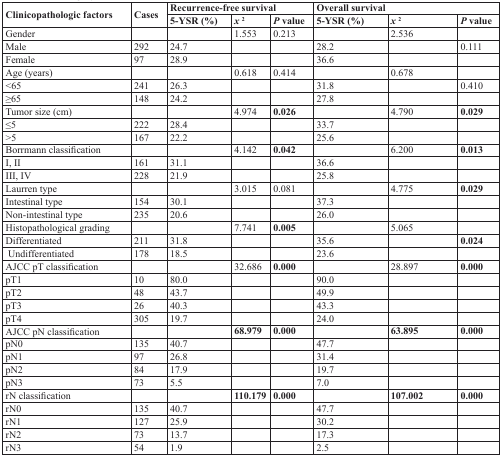
<table><thead><tr><td rowspan="2"><b>Clinicopathologic factors</b></td><td rowspan="2"><b>Cases</b></td><td colspan="3"><b>Recurrence-free survival</b></td><td colspan="3"><b>Overall survival</b></td></tr><tr><td><b>5-YSR (%)</b></td><td><b><i>x</i><sup>2</sup></b></td><td><b><i>P</i> value</b></td><td><b>5-YSR (%)</b></td><td><b><i>x</i><sup>2</sup></b></td><td><b><i>P</i> value</b></td></tr></thead><tbody><tr><td>Gender</td><td></td><td></td><td>1.553</td><td>0.213</td><td></td><td>2.536</td><td></td></tr><tr><td>Male</td><td>292</td><td>24.7</td><td></td><td></td><td>28.2</td><td></td><td>0.111</td></tr><tr><td>Female</td><td>97</td><td>28.9</td><td></td><td></td><td>36.6</td><td></td><td></td></tr><tr><td>Age (years)</td><td></td><td></td><td>0.618</td><td>0.414</td><td></td><td>0.678</td><td></td></tr><tr><td>&lt;65</td><td>241</td><td>26.3</td><td></td><td></td><td>31.8</td><td></td><td>0.410</td></tr><tr><td>≥65</td><td>148</td><td>24.2</td><td></td><td></td><td>27.8</td><td></td><td></td></tr><tr><td>Tumor size (cm)</td><td></td><td></td><td>4.974</td><td><b>0.026</b></td><td></td><td>4.790</td><td><b>0.029</b></td></tr><tr><td>≤5</td><td>222</td><td>28.4</td><td></td><td></td><td>33.7</td><td></td><td></td></tr><tr><td>&gt;5</td><td>167</td><td>22.2</td><td></td><td></td><td>25.6</td><td></td><td></td></tr><tr><td>Borrmann classification</td><td></td><td></td><td>4.142</td><td><b>0.042</b></td><td></td><td>6.200</td><td><b>0.013</b></td></tr><tr><td>I, II</td><td>161</td><td>31.1</td><td></td><td></td><td>36.6</td><td></td><td></td></tr><tr><td>III, IV</td><td>228</td><td>21.9</td><td></td><td></td><td>25.8</td><td></td><td></td></tr><tr><td>Laurren type</td><td></td><td></td><td>3.015</td><td>0.081</td><td></td><td>4.775</td><td><b>0.029</b></td></tr><tr><td>Intestinal type</td><td>154</td><td>30.1</td><td></td><td></td><td>37.3</td><td></td><td></td></tr><tr><td>Non-intestinal type</td><td>235</td><td>20.6</td><td></td><td></td><td>26.0</td><td></td><td></td></tr><tr><td>Histopathological grading</td><td></td><td></td><td>7.741</td><td><b>0.005</b></td><td></td><td>5.065</td><td></td></tr><tr><td>Differentiated</td><td>211</td><td>31.8</td><td></td><td></td><td>35.6</td><td></td><td><b>0.024</b></td></tr><tr><td>Undifferentiated</td><td>178</td><td>18.5</td><td></td><td></td><td>23.6</td><td></td><td></td></tr><tr><td>AJCC pT classification</td><td></td><td></td><td>32.686</td><td><b>0.000</b></td><td></td><td>28.897</td><td><b>0.000</b></td></tr><tr><td>pT1</td><td>10</td><td>80.0</td><td></td><td></td><td>90.0</td><td></td><td></td></tr><tr><td>pT2</td><td>48</td><td>43.7</td><td></td><td></td><td>49.9</td><td></td><td></td></tr><tr><td>pT3</td><td>26</td><td>40.3</td><td></td><td></td><td>43.3</td><td></td><td></td></tr><tr><td>pT4</td><td>305</td><td>19.7</td><td></td><td></td><td>24.0</td><td></td><td></td></tr><tr><td>AJCC pN classification</td><td></td><td></td><td><b>68.979</b></td><td><b>0.000</b></td><td></td><td><b>63.895</b></td><td><b>0.000</b></td></tr><tr><td>pN0</td><td>135</td><td>40.7</td><td></td><td></td><td>47.7</td><td></td><td></td></tr><tr><td>pN1</td><td>97</td><td>26.8</td><td></td><td></td><td>31.4</td><td></td><td></td></tr><tr><td>pN2</td><td>84</td><td>17.9</td><td></td><td></td><td>19.7</td><td></td><td></td></tr><tr><td>pN3</td><td>73</td><td>5.5</td><td></td><td></td><td>7.0</td><td></td><td></td></tr><tr><td>rN classification</td><td></td><td></td><td><b>110.179</b></td><td><b>0.000</b></td><td></td><td><b>107.002</b></td><td><b>0.000</b></td></tr><tr><td>rN0</td><td>135</td><td>40.7</td><td></td><td></td><td>47.7</td><td></td><td></td></tr><tr><td>rN1</td><td>127</td><td>25.9</td><td></td><td></td><td>30.2</td><td></td><td></td></tr><tr><td>rN2</td><td>73</td><td>13.7</td><td></td><td></td><td>17.3</td><td></td><td></td></tr><tr><td>rN3</td><td>54</td><td>1.9</td><td></td><td></td><td>2.5</td><td></td><td></td></tr></tbody></table>